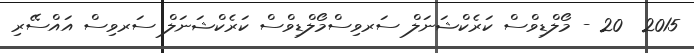
2015  20 - މޯލްޑިވްސް ކަރެކްޝަނަލް ސަރވިސްމޯލްޑިވްސް ކަރެކްޝަނަލް ސަރވިސް އައްސޭރި